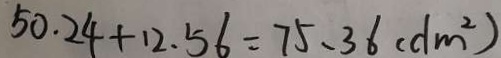
5 0 . 2 4 + 1 2 . 5 6 = 7 5 . 3 6 ( d m ^ { 2 } )